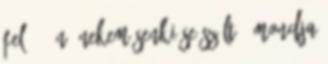
fel? - Én? Nekem senki se szólt - mondja